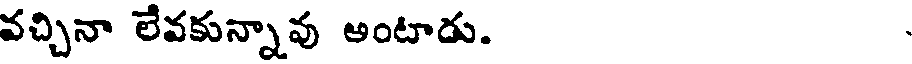
వచ్చినా లేవకున్నావు అంటాడు.